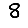
Digit: 8